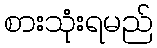
စားသုံးရမည်